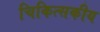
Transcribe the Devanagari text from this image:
चिकित्‍सकीय